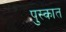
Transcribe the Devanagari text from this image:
पुस्कात